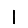
Digit: 1